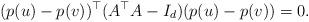
LaTeX: \begin{align*} (p(u)-p(v))^\top (A^\top A -I_d) (p(u)-p(v)) =0.\end{align*}